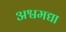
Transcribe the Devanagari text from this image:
अश्वमद्या